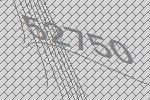
52750